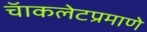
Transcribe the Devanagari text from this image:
चॅाकलेटप्रमाणे